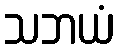
သဘယံ